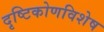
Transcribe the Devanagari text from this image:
दृष्टिकोणविशेष